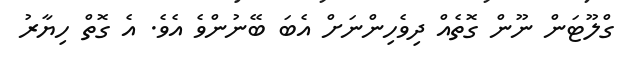
ގްލޫޓަން ނޫން ގޮތެއް ދިވެހިންނަށް އެބަ ބޭނުންވެ އެވެ. އެ ގޮތް ހިޔާރު